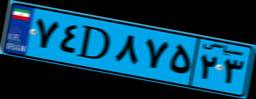
۷۴D۸۷۵۲۳